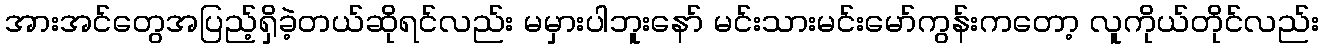
အားအင်တွေအပြည့်ရှိခဲ့တယ်ဆိုရင်လည်း မမှားပါဘူးနော် မင်းသားမင်းမော်ကွန်းကတော့ လူကိုယ်တိုင်လည်း